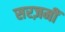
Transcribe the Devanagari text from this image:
सरज़मीं